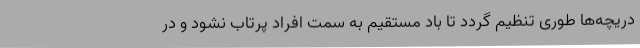
دریچه‌ها طوری تنظیم گردد تا باد مستقیم به سمت افراد پرتاب نشود و در